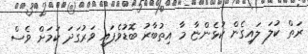
ރަތް ކުލަ ލައިގެން ކުޅެންޏާ މާ އިތުބާރު ބޮޑުވެފައި ވަރުގަދަ ކަމަށް ވެސް